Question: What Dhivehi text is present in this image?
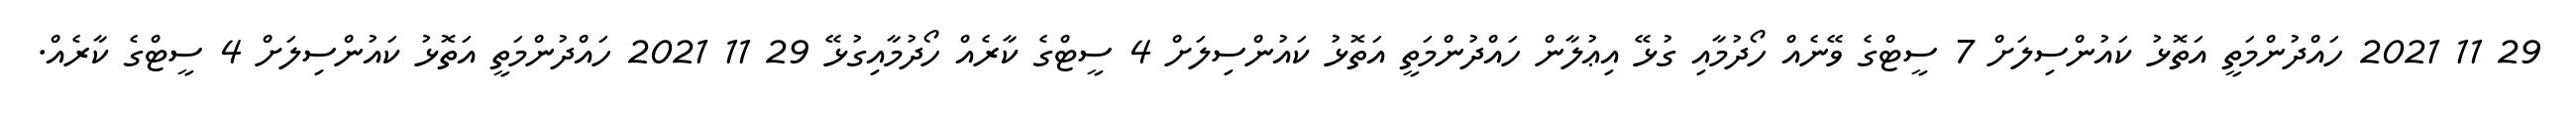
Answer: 29 11 2021 ހައްދުންމަތީ އަތޮޅު ކައުންސިލަށް 7 ސީޓްގެ ވޭނެއް ހޯދުމާއި ގުޅޭ އިޢުލާން ހައްދުންމަތީ އަތޮޅު ކައުންސިލަށް 4 ސީޓްގެ ކާރެއް ހޯދުމާއިގުޅޭ 29 11 2021 ހައްދުންމަތީ އަތޮޅު ކައުންސިލަށް 4 ސީޓްގެ ކާރެއް.